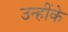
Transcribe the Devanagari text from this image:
उन्हींके